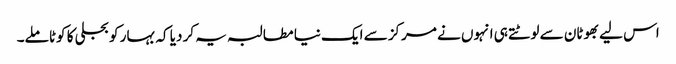
اس لیے بھوٹان سے لوٹتے ہی انہوں نے مرکز سے ایک نیا مطالبہ یہ کر دیا کہ بہار کو بجلی کا کوٹا ملے۔